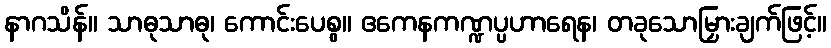
နာဂသိန်။ သာဓုသာဓု၊ ကောင်းပေစွ။ ဧကေနကဏ္ဍပ္ပဟာရေန၊ တခုသောမြှားချက်ဖြင့်။